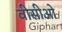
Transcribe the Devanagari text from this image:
वीसीओ